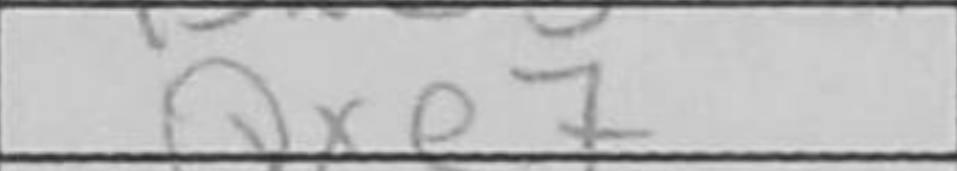
Transcription: Qxe7